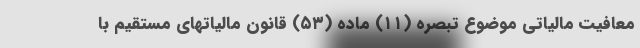
معافیت مالیاتی موضوع تبصره (۱۱) ماده (۵۳) قانون مالیاتهای مستقیم با